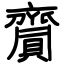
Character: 齎